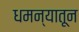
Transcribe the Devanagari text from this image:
धमन्यातून